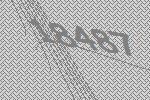
18487